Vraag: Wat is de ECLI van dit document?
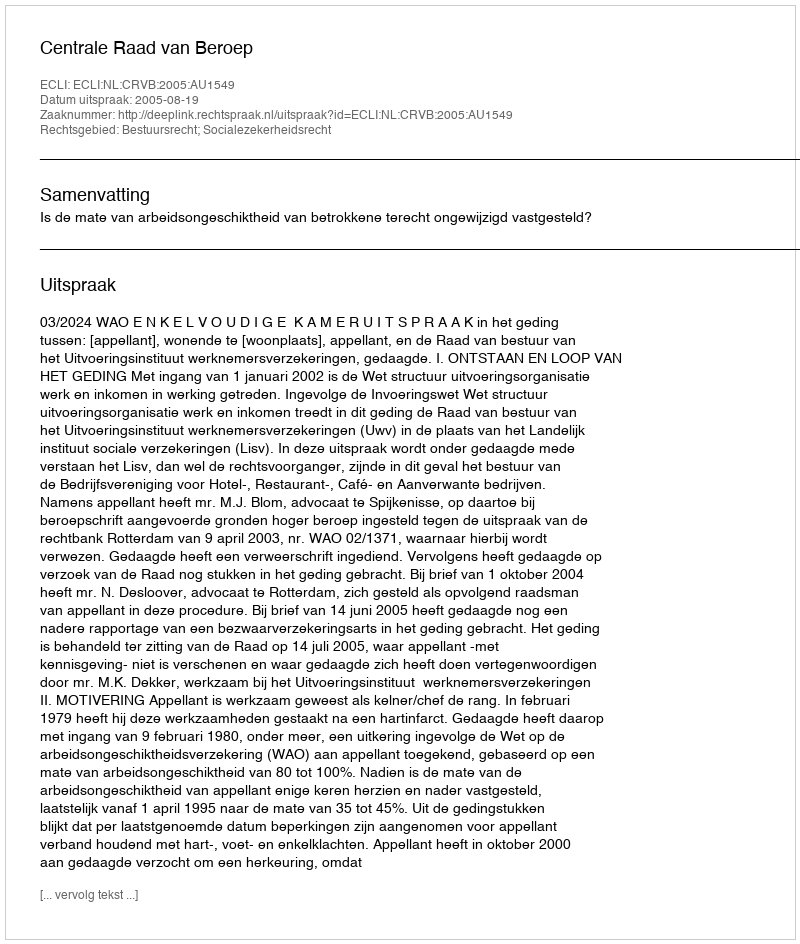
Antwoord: ECLI:NL:CRVB:2005:AU1549